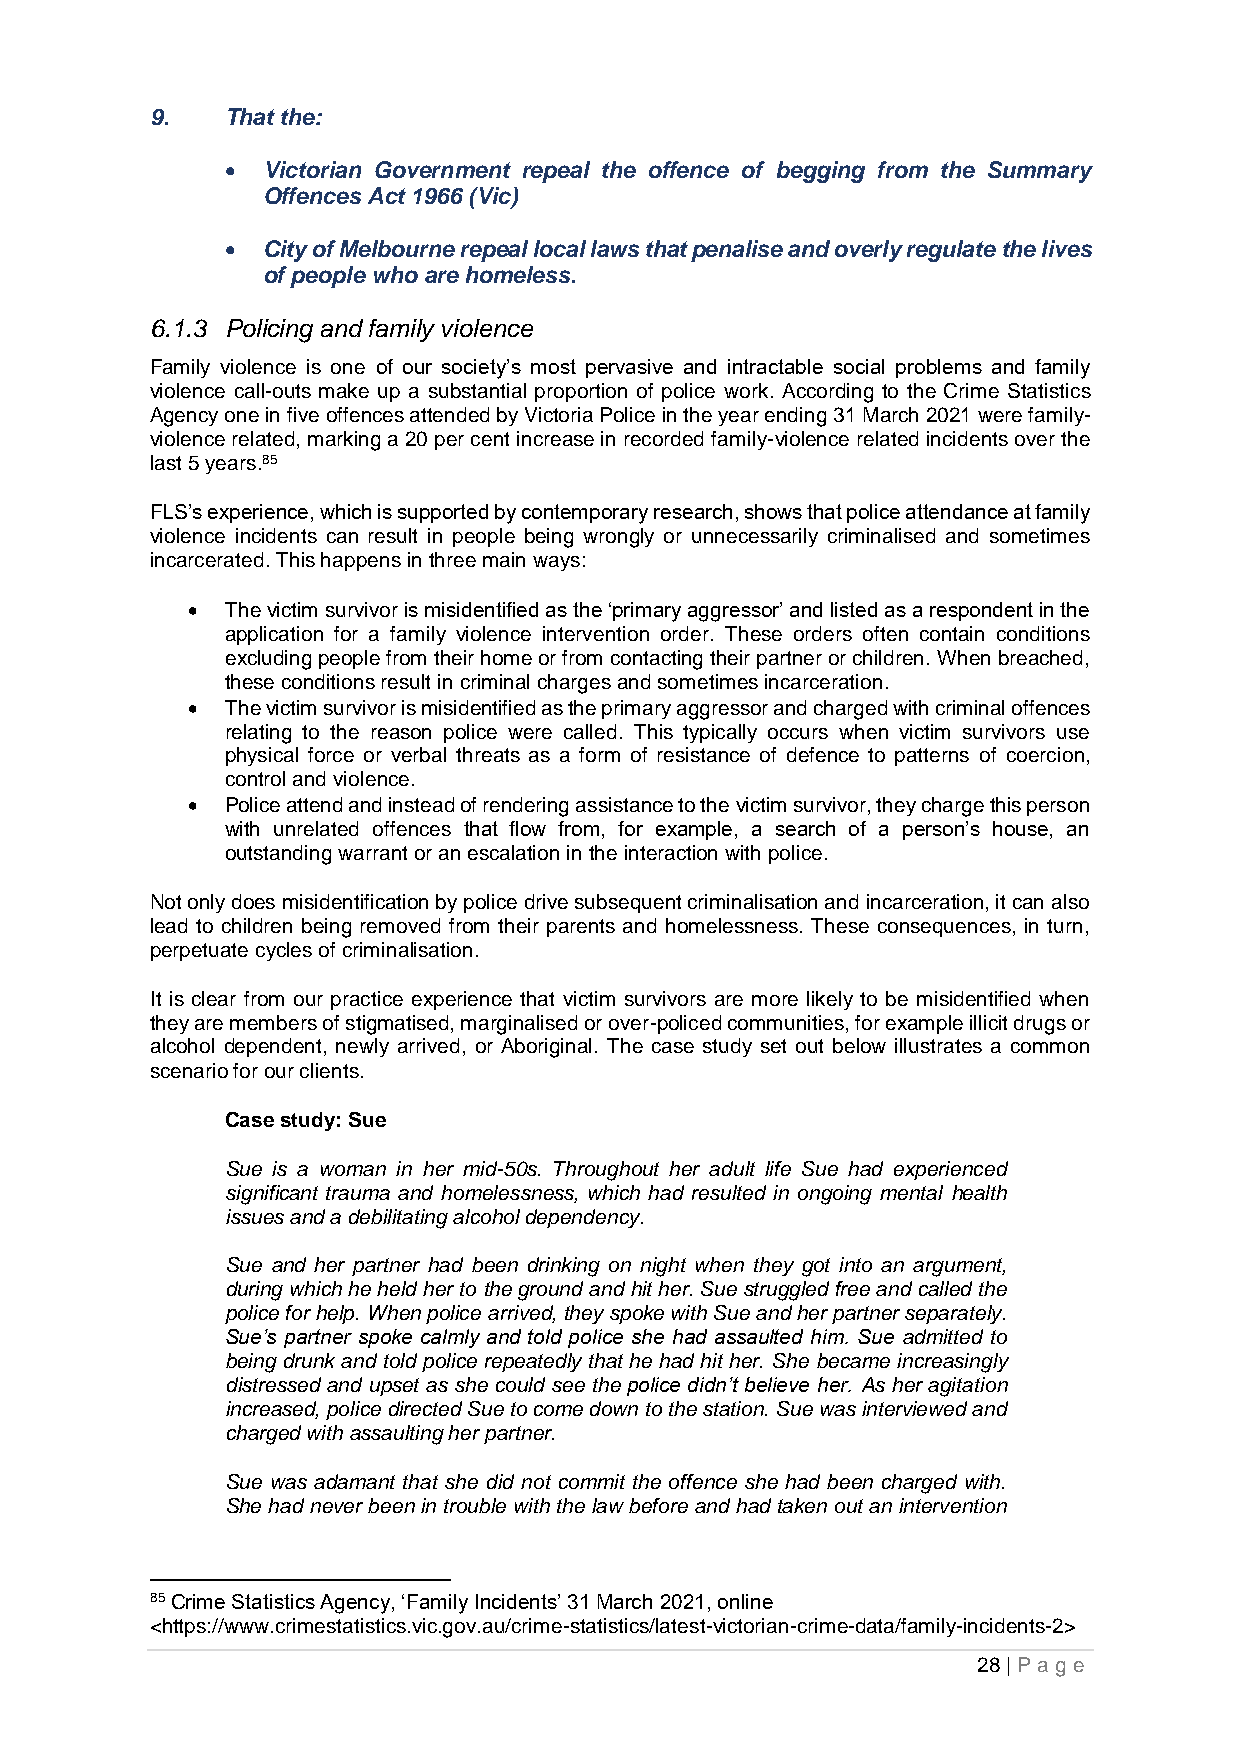
9.   That the:
 • Victorian Government repeal the offence of begging from the Summary
 Offences Act 1966 (Vic)
 • City of Melbourne repeal local laws that penalise and overly regulate the lives
 of people who are homeless.
 6.1.3 Policing and family violence
 Family violence is one of our society’s most pervasive and intractable social problems and family
 violence call-outs make up a substantial proportion of police work. According to the Crime Statistics
 Agency one in five offences attended by Victoria Police in the year ending 31 March 2021 were family-
 violence related, marking a 20 per cent increase in recorded family-violence related incidents over the
 last 5 years.85
 FLS’s experience, which is supported by contemporary research, shows that police attendance at family
 violence incidents can result in people being wrongly or unnecessarily criminalised and sometimes
 incarcerated. This happens in three main ways:
 •  The victim survivor is misidentified as the ‘primary aggressor’ and listed as a respondent in the
 application for a family violence intervention order. These orders often contain conditions
 excluding people from their home or from contacting their partner or children. When breached,
 these conditions result in criminal charges and sometimes incarceration.
 •  The victim survivor is misidentified as the primary aggressor and charged with criminal offences
 relating to the reason police were called. This typically occurs when victim survivors use
 physical force or verbal threats as a form of resistance of defence to patterns of coercion,
 control and violence.
 •  Police attend and instead of rendering assistance to the victim survivor, they charge this person
 with unrelated offences that flow from, for example, a search of a person’s house, an
 outstanding warrant or an escalation in the interaction with police.
 Not only does misidentification by police drive subsequent criminalisation and incarceration, it can also
 lead to children being removed from their parents and homelessness. These consequences, in turn,
 perpetuate cycles of criminalisation.
 It is clear from our practice experience that victim survivors are more likely to be misidentified when
 they are members of stigmatised, marginalised or over-policed communities, for example illicit drugs or
 alcohol dependent, newly arrived, or Aboriginal. The case study set out below illustrates a common
 scenario for our clients.
 Case study: Sue
 Sue is a woman in her mid-50s. Throughout her adult life Sue had experienced
 significant trauma and homelessness, which had resulted in ongoing mental health
 issues and a debilitating alcohol dependency.
 Sue and her partner had been drinking on night when they got into an argument,
 during which he held her to the ground and hit her. Sue struggled free and called the
 police for help. When police arrived, they spoke with Sue and her partner separately.
 Sue’s partner spoke calmly and told police she had assaulted him. Sue admitted to
 being drunk and told police repeatedly that he had hit her. She became increasingly
 distressed and upset as she could see the police didn’t believe her. As her agitation
 increased, police directed Sue to come down to the station. Sue was interviewed and
 charged with assaulting her partner.
 Sue was adamant that she did not commit the offence she had been charged with.
 She had never been in trouble with the law before and had taken out an intervention
 85 Crime Statistics Agency, ‘Family Incidents’ 31 March 2021, online
 <https://www.crimestatistics.vic.gov.au/crime-statistics/latest-victorian-crime-data/family-incidents-2>
 28 | P age